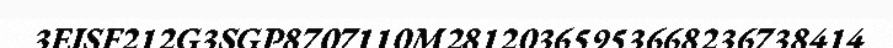
3EISF212G3SGP8707110M28120365953668236738414